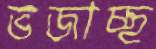
ভজাচ্ছ